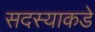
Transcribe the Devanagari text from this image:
सदस्याकडे